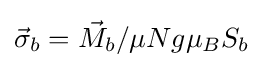
{\vec {\sigma }}_{b}={\vec {M}}_{b}/\mu Ng\mu _{B}S_{b}